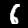
Digit: 6